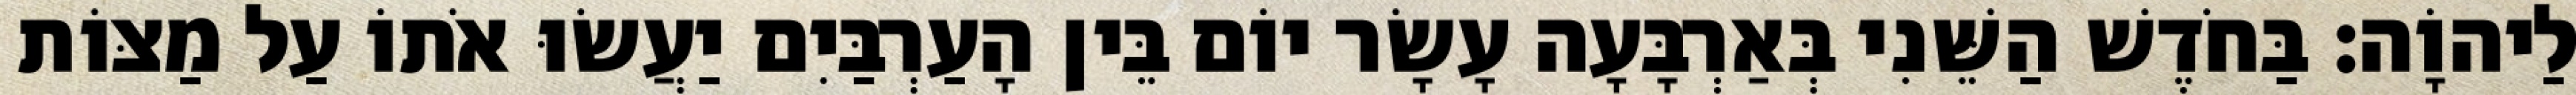
לַיהוָֹה׃ בַּחֹדֶשׁ הַשֵּׁנִי בְּאַרְבָּעָה עָשָׂר יוֹם בֵּין הָעַרְבַּיִם יַעֲשׂוּ אֹתוֹ עַל מַצּוֹת